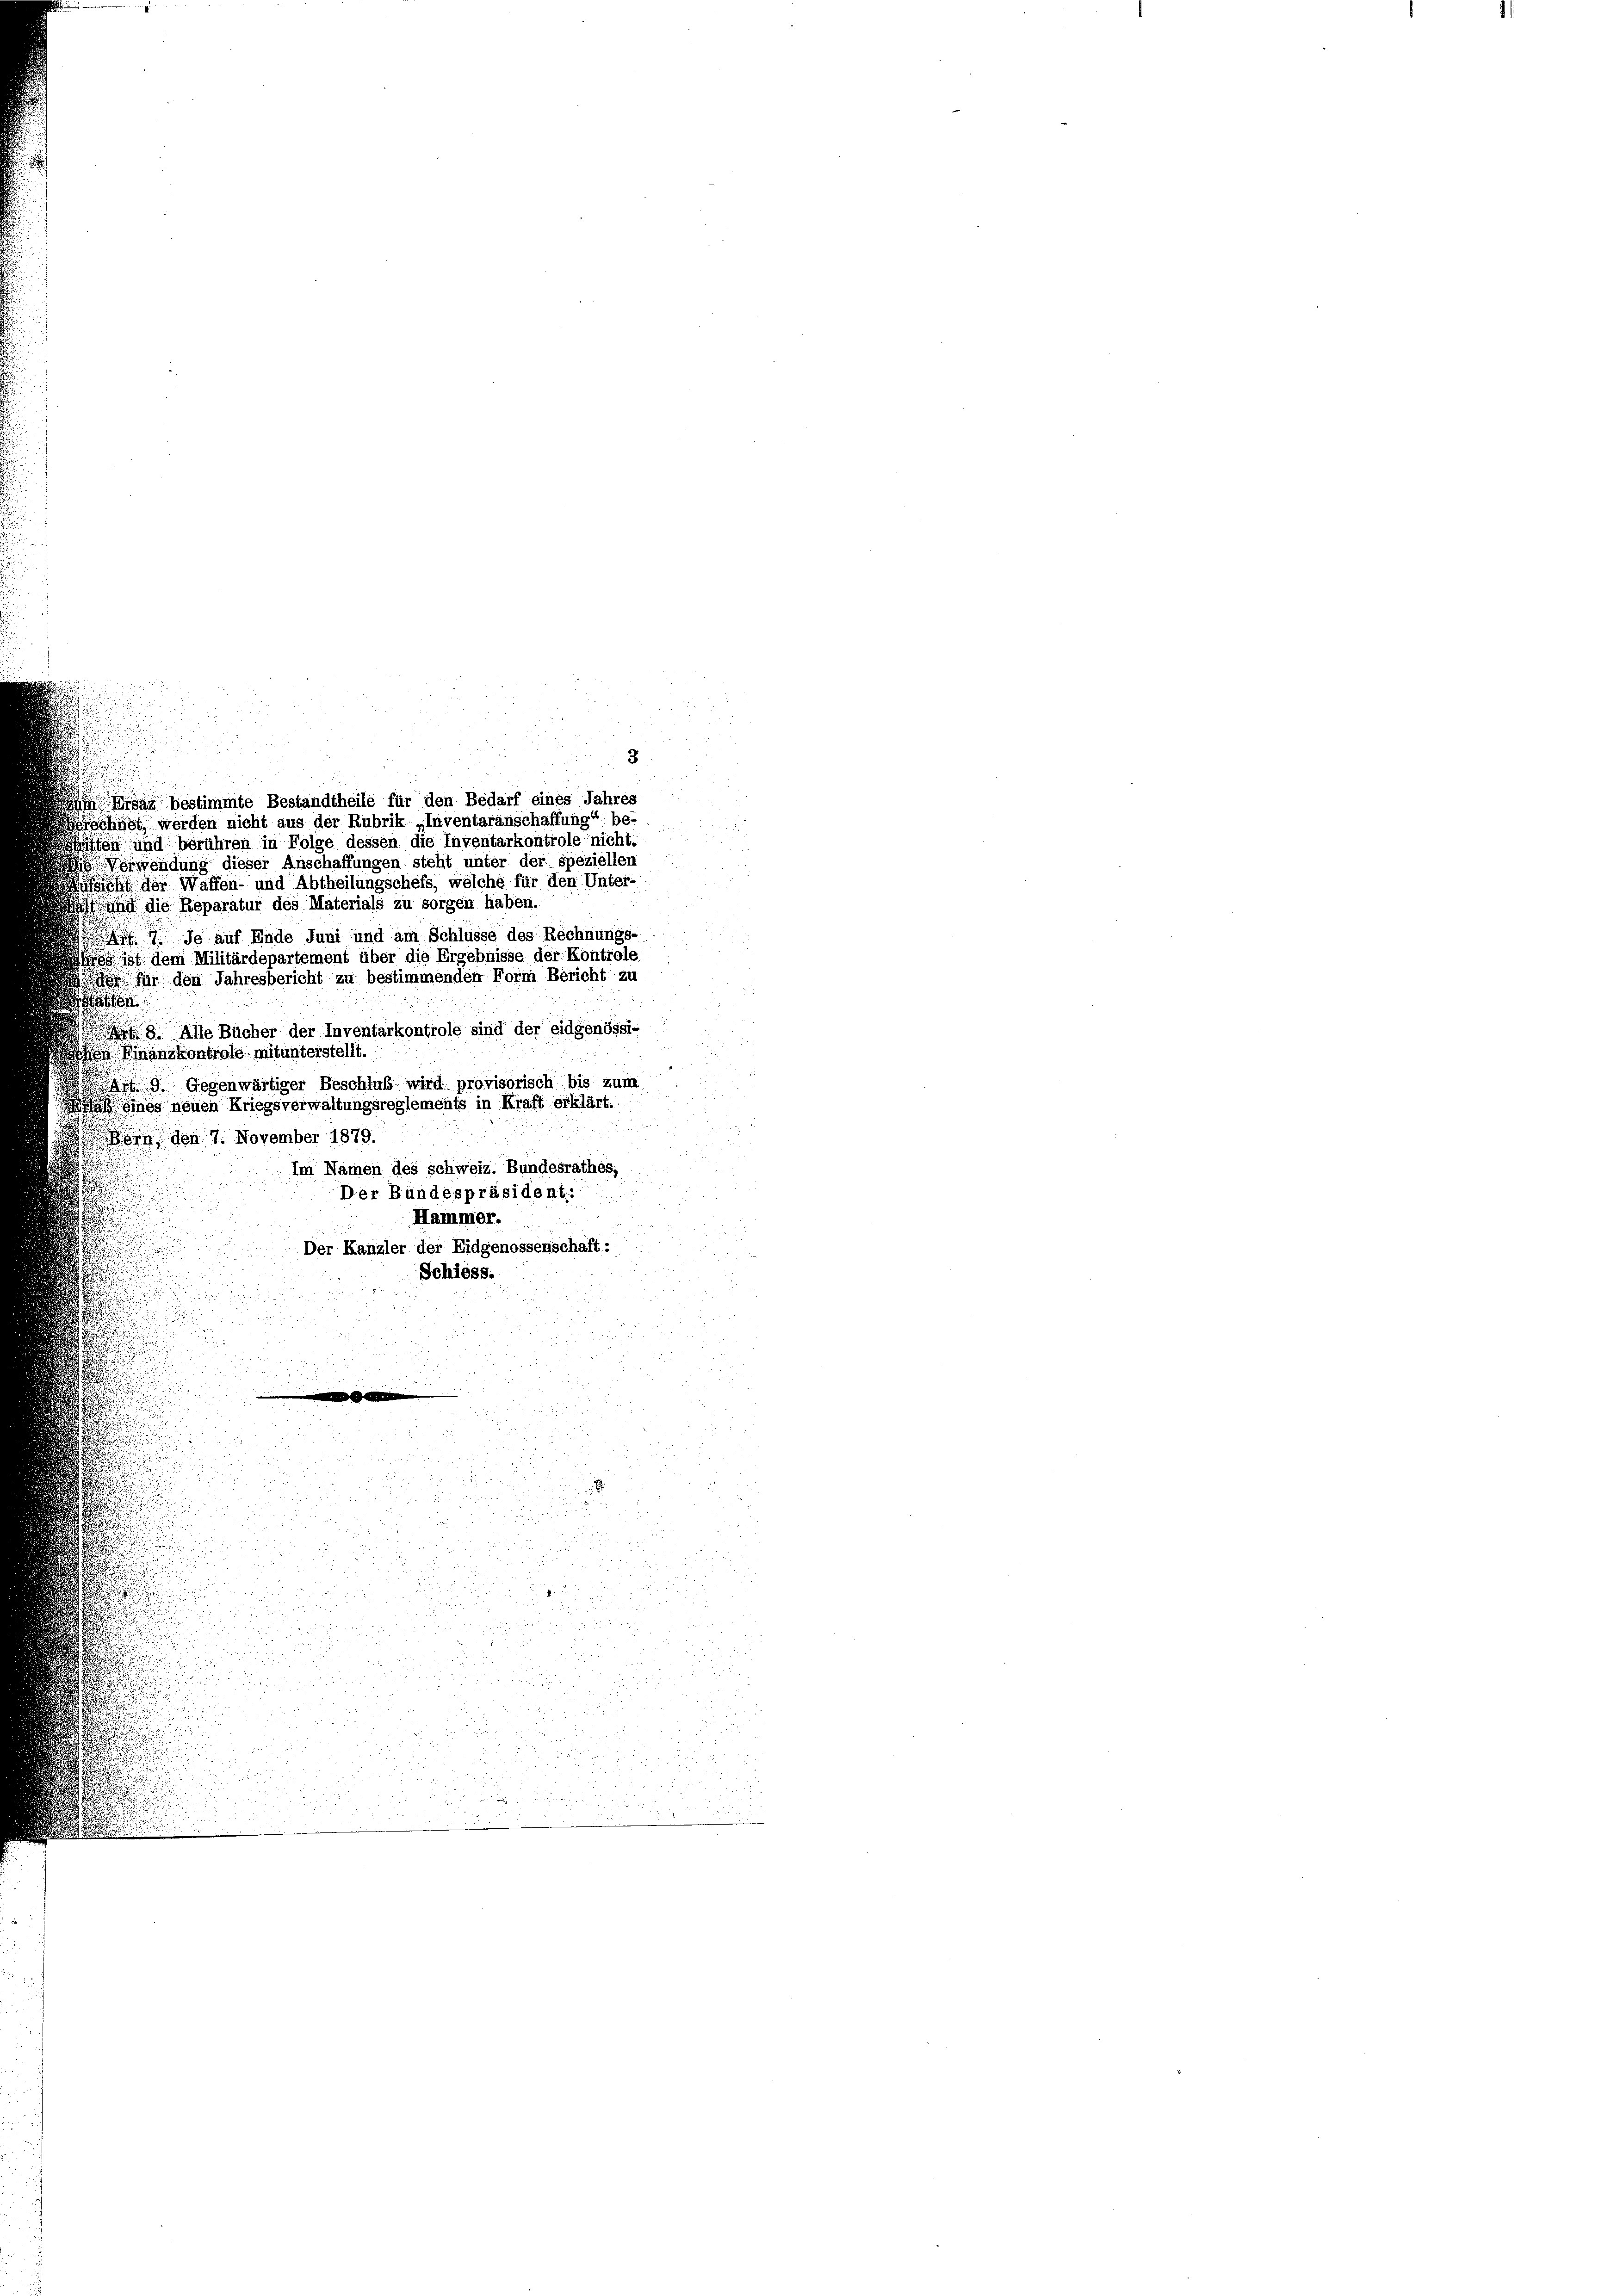
Arsau bestimmte Bestandtheile für den Bedarf eines Jahres

hübt, werden nicht aus der Rubrik „Inventaranschaffung“ be-
in und berühren in Folge dessen die Inventarkontrole nicht.
erwendung dieser Anschaffungen steht unter der speziellen
ht der Waffen- und Abtheilungschefs, welche für den Unter-
ind die Reparatur des Materials zu sorgen haben.
pf. Je auf Ende Juni und am Schlüsse des Rechnungs-
s ist dem Militärdepartement über die Ergebnisse der Kontrole,
 für den Jahresbericht zu bestimmenden Form Bericht zu
E
3. Alle Bücher der Inventarkontrole sind der eidgenössi-
 Finanzkontrole mitunterstellt.
dern den 7. November 1879.
Der Kanzler der Eidgenossenschaft:
Schiess.
—
.

Art. 9. Gegenwärtiger Beschluß wird provisorisch bis zum
B eines neuen Kriegsverwaltungsreglements in Kraft erklärt.
Im Namen des Schweiz. Bundesrathes,
Der Bundespräsident:
Hammer.

3